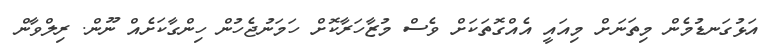
އަޅުގަނޑުމެން މިތަނަށް މިއައީ އެއްގޮތަކަށް ވެސް މުޒާހަރާކޮށް ހަމަނުޖެހުން ހިންގާކަށެއް ނޫން. ރިލްވާން